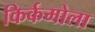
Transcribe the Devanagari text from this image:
किर्कमोला